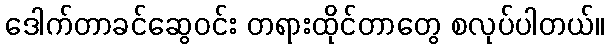
ဒေါက်တာခင်ဆွေဝင်း တရားထိုင်တာတွေ စလုပ်ပါတယ်။